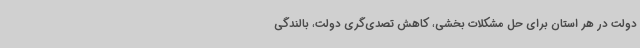
دولت در هر استان برای حل مشکلات بخشی، کاهش تصدی‌گری دولت، بالندگی